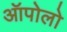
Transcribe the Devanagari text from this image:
ऑपोलो